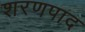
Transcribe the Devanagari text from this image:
शरणपाद